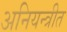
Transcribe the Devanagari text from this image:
अनियन्त्रीत